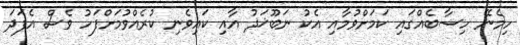
ހިމެނޭ ހިސާބެއްގައި ކަމަށްވުމާއި އެކު ނަބޫޚަޛު އާއި ކައިވެނި ކުރެއްވުމަށްފަހު ވެސް އެފަދަ